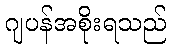
ဂျပန်အစိုးရသည်